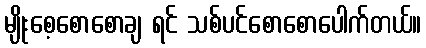
မျိုးစေ့စောစောချ ရင် သစ်ပင်စောစောပေါက်တယ်။